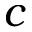
c